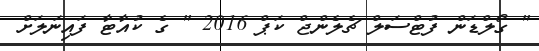
" ގޯލްޑަން ފުޓްސަލް ޗެލެންޖް ކަޕް 2016 " ގެ ކުއާޓާ ފައިނަލަށް